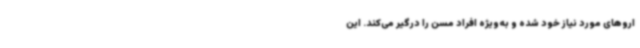
اروهای مورد نیاز خود شده و به‌ویژه افراد مسن را درگیر می‌کند. این